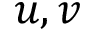
u , v